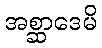
အစ္ဆာဒေမိ